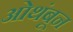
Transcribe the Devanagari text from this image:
ओथंबून